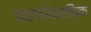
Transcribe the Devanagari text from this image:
जाइगोमोर्फिक